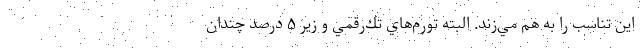
اين تناسب را به هم مي‌زند. البته تورم‌هاي تك‌رقمي و زير ۵ درصد چندان